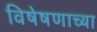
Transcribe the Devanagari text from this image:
विषेषणाच्या